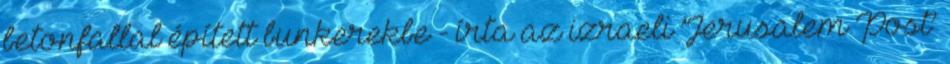
betonfallal épített bunkerekbe - írta az izraeli ’Jerusalem Post’